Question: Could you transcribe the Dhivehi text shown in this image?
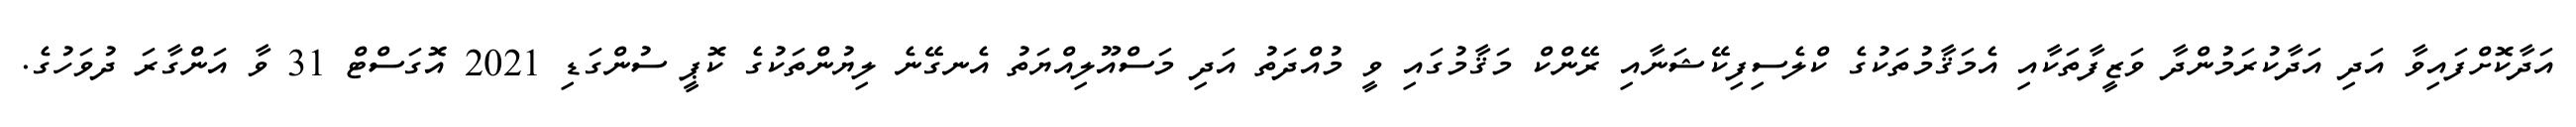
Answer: އަދާކޮށްފައިވާ އަދި އަދާކުރަމުންދާ ވަޒީފާތަކާއި އެމަޤާމުތަކުގެ ކްލެސިފިކޭޝަނާއި ރޭންކް މަޤާމުގައި ވީ މުއްދަތު އަދި މަސްއޫލިއްޔަތު އެނގޭނެ ލިޔުންތަކުގެ ކޮޕީ ސުންގަޑި 2021 އޮގަސްޓް 31 ވާ އަންގާރަ ދުވަހުގެ.